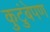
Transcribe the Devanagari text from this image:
कुटुंबेपण